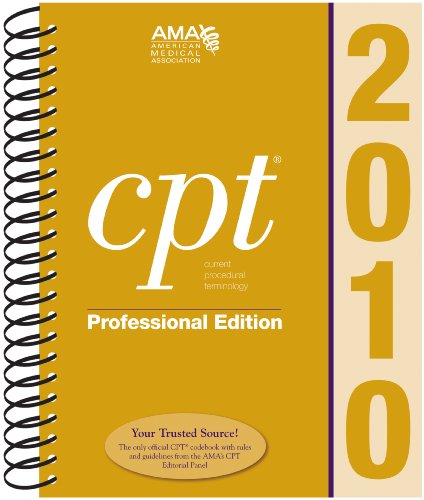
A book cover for CPT 2010 Professional Edition (Current Procedural Terminology, Professional Ed. (Spiral)) (Current Procedural Terminology (CPT) Professional); AMA American Medical Association; Medical Books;